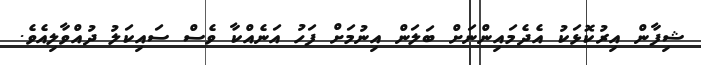
ޝިފާން އިރުކޮޅަކު އެދެމައިންނަށް ބަލަން އިނުމަށް ފަހު އަނެއްކާ ވެސް ސައިކަލު ދުއްވާލިއެވެ.